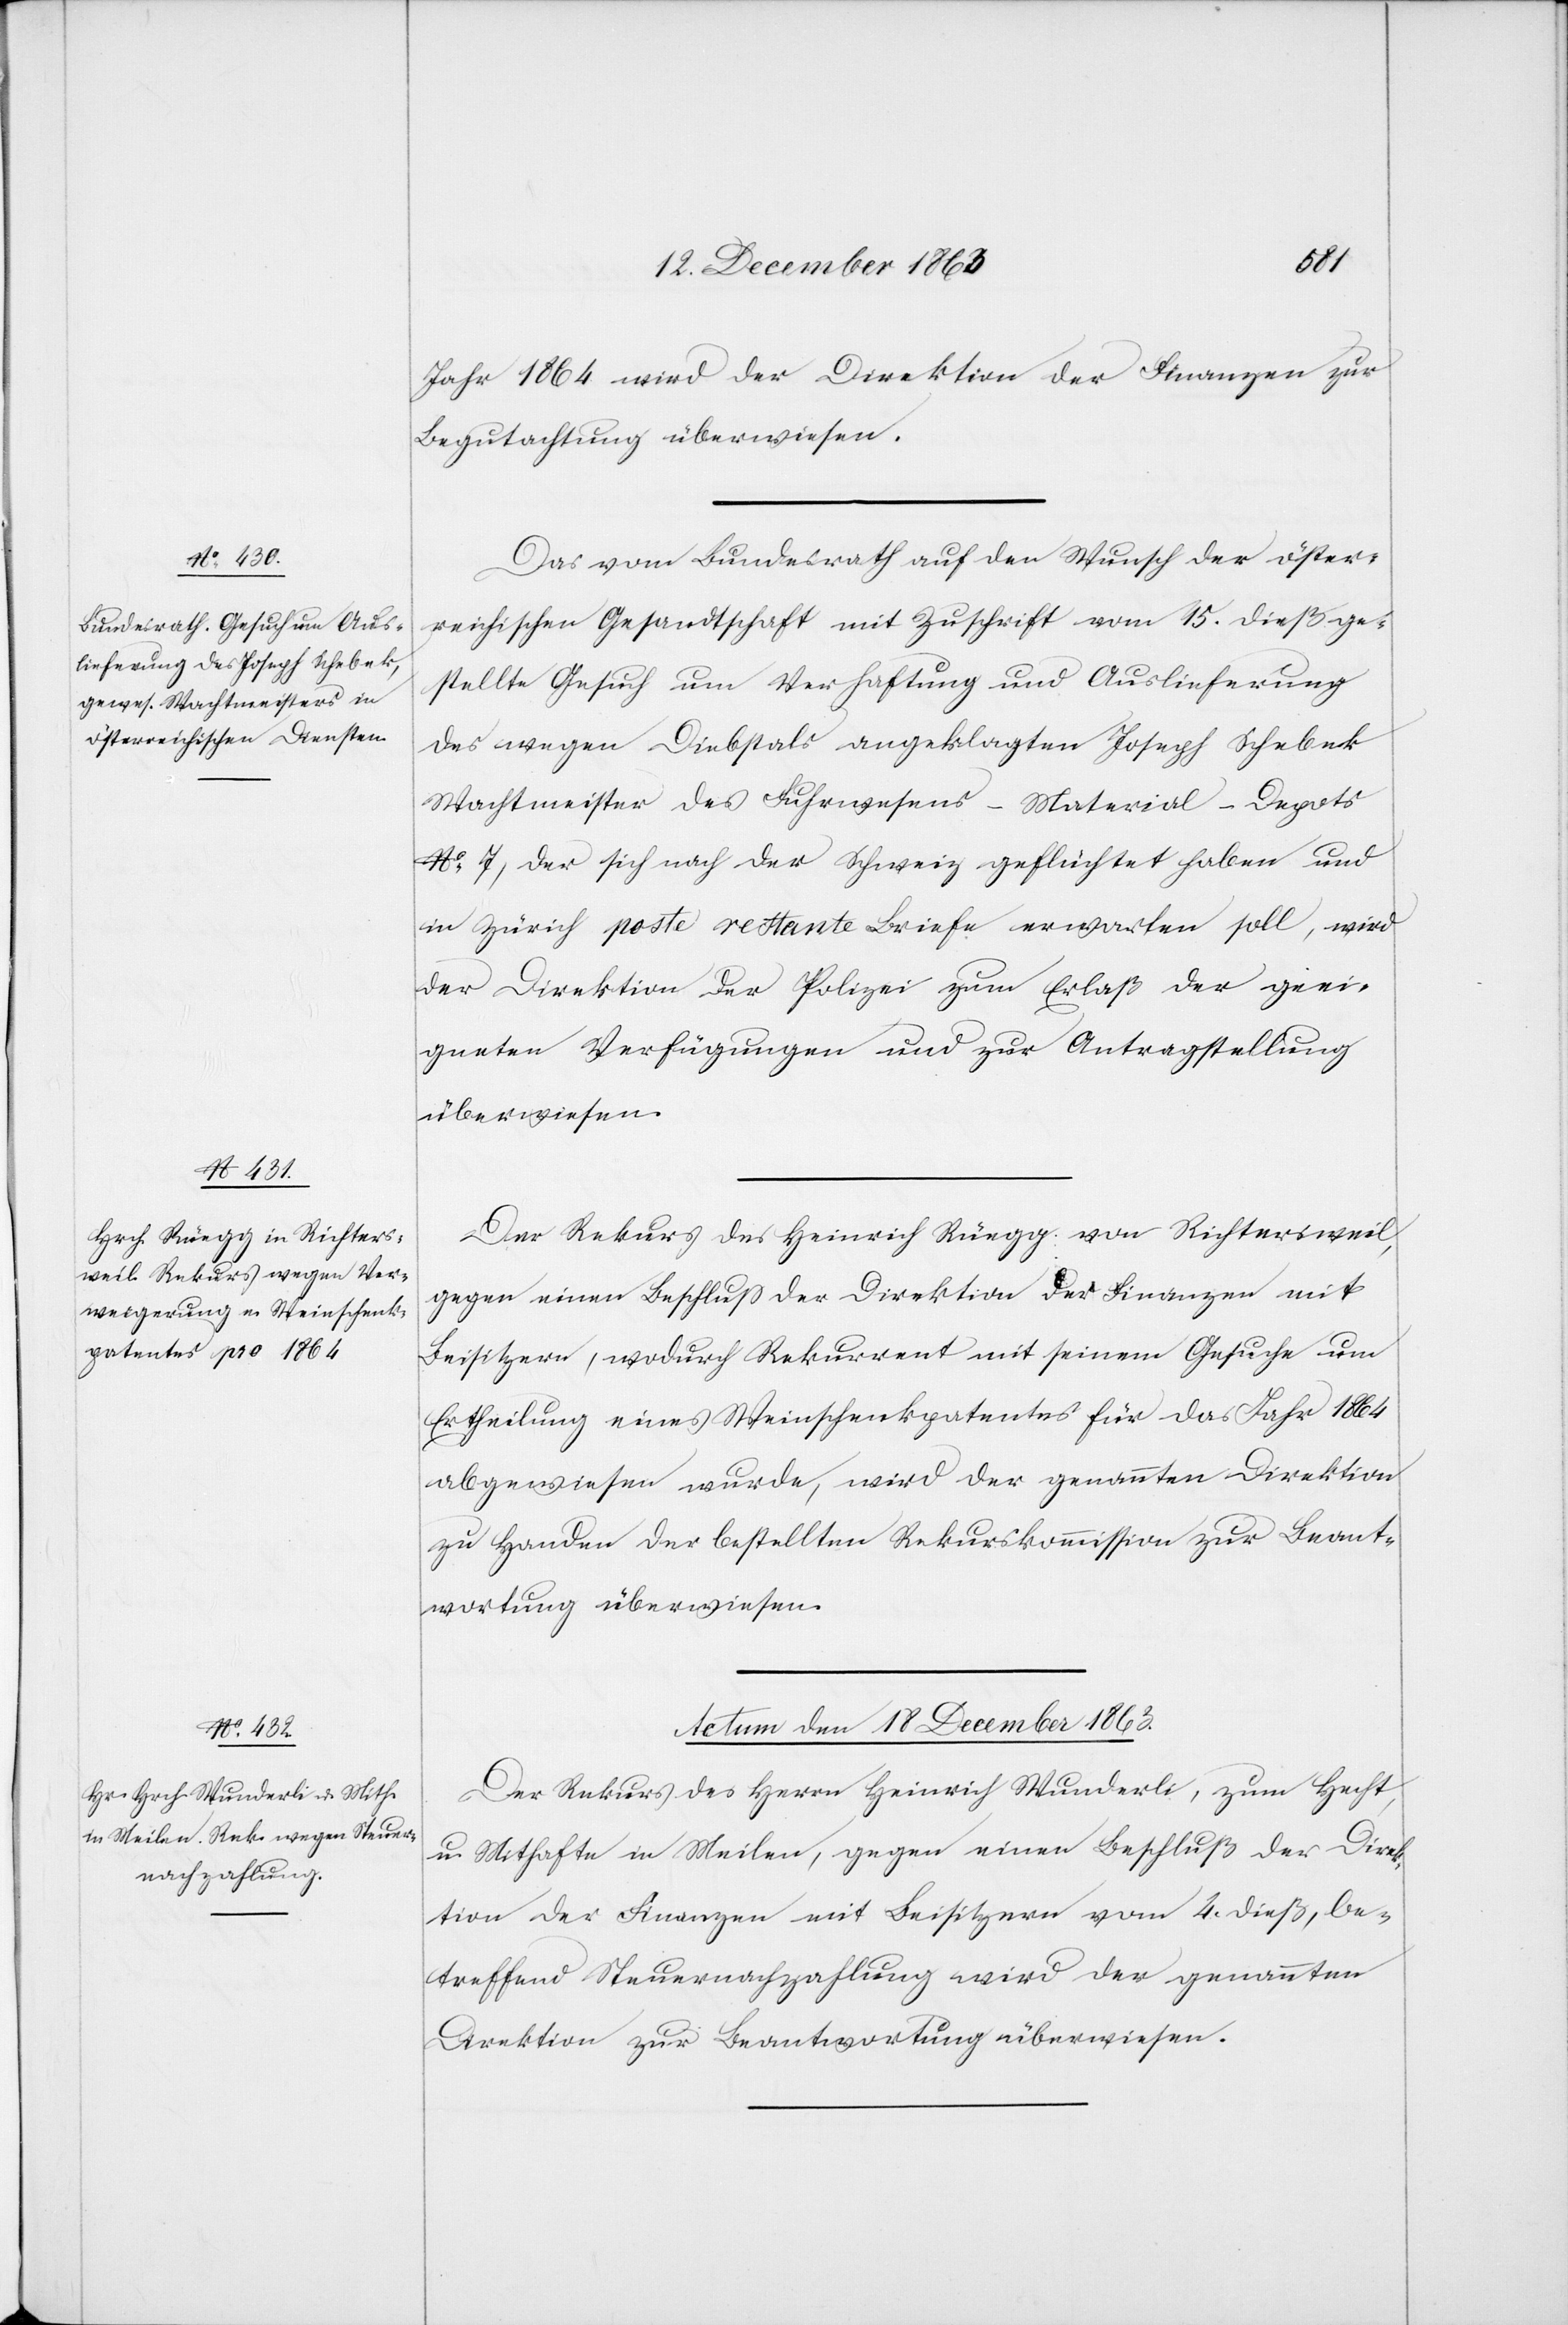
Jahr 1864 wird der Direktion der Finanzen zur
Begutachtung überwiesen.
Das vom Bundesrath auf den Wunsch der öster¬
reichischen Gesandtschaft mit Zuschrift vom 15. dieß ge¬
stellte Gesuch um Verhaftung und Auslieferung
des wegen Diebstals angeklagten Joseph Schebek
Wachtmeister des Fuhrwesens-Material-Depots
No 7, der sich nach der Schweiz geflüchtet haben und
in Zürich poste restante Briefe erwarten soll, wird
der Direktion der Polizei zum Erlaß der geei¬
gneten Verfügungen und zur Antragstellung
überwiesen.
Der Rekurs des Heinrich Rüegg von Richtersweil,
gegen einen Beschluss der Direktion der Finanzen mit
Beisitzern, wodurch Rekurrent mit seinem Gesuche um
Ertheilung eines Weinschenkpatentes für das Jahr 1864
abgewiesen wurde, wird der genannten Direktion
zu Handen der bestellten Rekurskommission zur Beant¬
wortung überwiesen.
Actum den 18 December 1863.
Der Rekurs des Herrn Heinrich Wunderli, zum Hecht,
u. Mithafte in Meilen, gegen einen Beschluß der Direk¬
tion der Finanzen mit Beisitzern vom 4. dieß, be¬
treffend Steuernachzahlung wird der genannten
Direktion zur Beantwortung überwiesen.